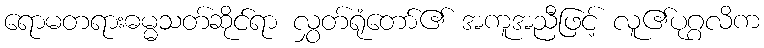
ရောမတရားဓမ္မသတ်ဆိုင်ရာ လွှတ်ရုံတော်၏ အကူအညီဖြင့် လူ၏ပုဂ္ဂလိက